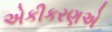
એકીકરણએ